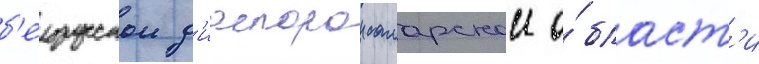
б'елорусскои д'иаспорои самарскои о́бласт'и